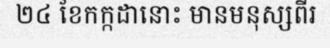
២៤ ខែកក្កដានោះ មានមនុស្សពីរ